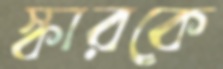
স্কারকে